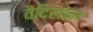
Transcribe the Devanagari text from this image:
वैदिसोवा